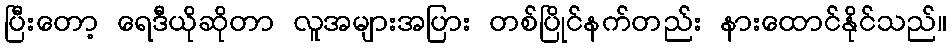
ပြီးတော့ ရေဒီယိုဆိုတာ လူအများအပြား တစ်ပြိုင်နက်တည်း နားထောင်နိုင်သည်။